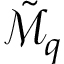
\tilde { \mathcal { M } } _ { q }